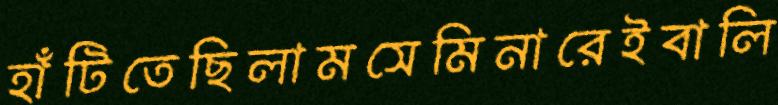
হাঁটিতেছিলামসেমিনারেইবালি